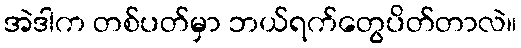
အဲဒါက တစ်ပတ်မှာ ဘယ်ရက်တွေပိတ်တာလဲ။